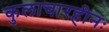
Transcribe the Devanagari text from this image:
कुलाचारहीनः